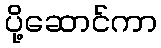
ပို့ဆောင်ကာ